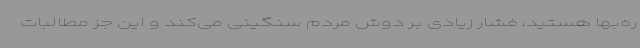
ره‌بها هستید، فشار زیادی بر دوش مردم سنگینی می‌کند و این جز مطالبات